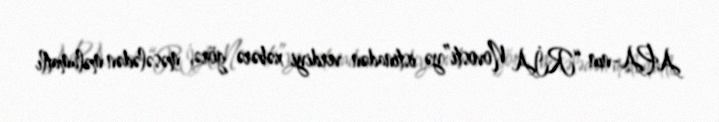
APA-nın “RİA Novosti”yə istinadən verdiyi xəbərə görə, məsələdən məlumatlı